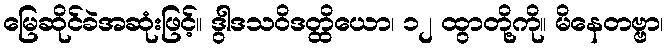
မြေဆိုင်ခဲအဆုံးဖြင့်။ ဒွါဒသဝိဒတ္ထိယော၊ ၁၂ ထွာတို့ကို။ မိနေတဗ္ဗာ၊